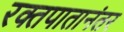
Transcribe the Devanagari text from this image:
रक्तपातानंतर